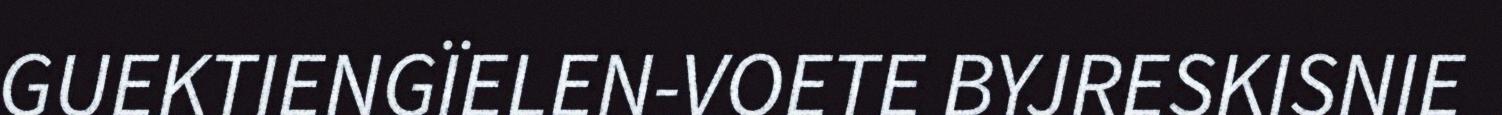
GUEKTIENGÏELEN-VOETE BYJRESKISNIE